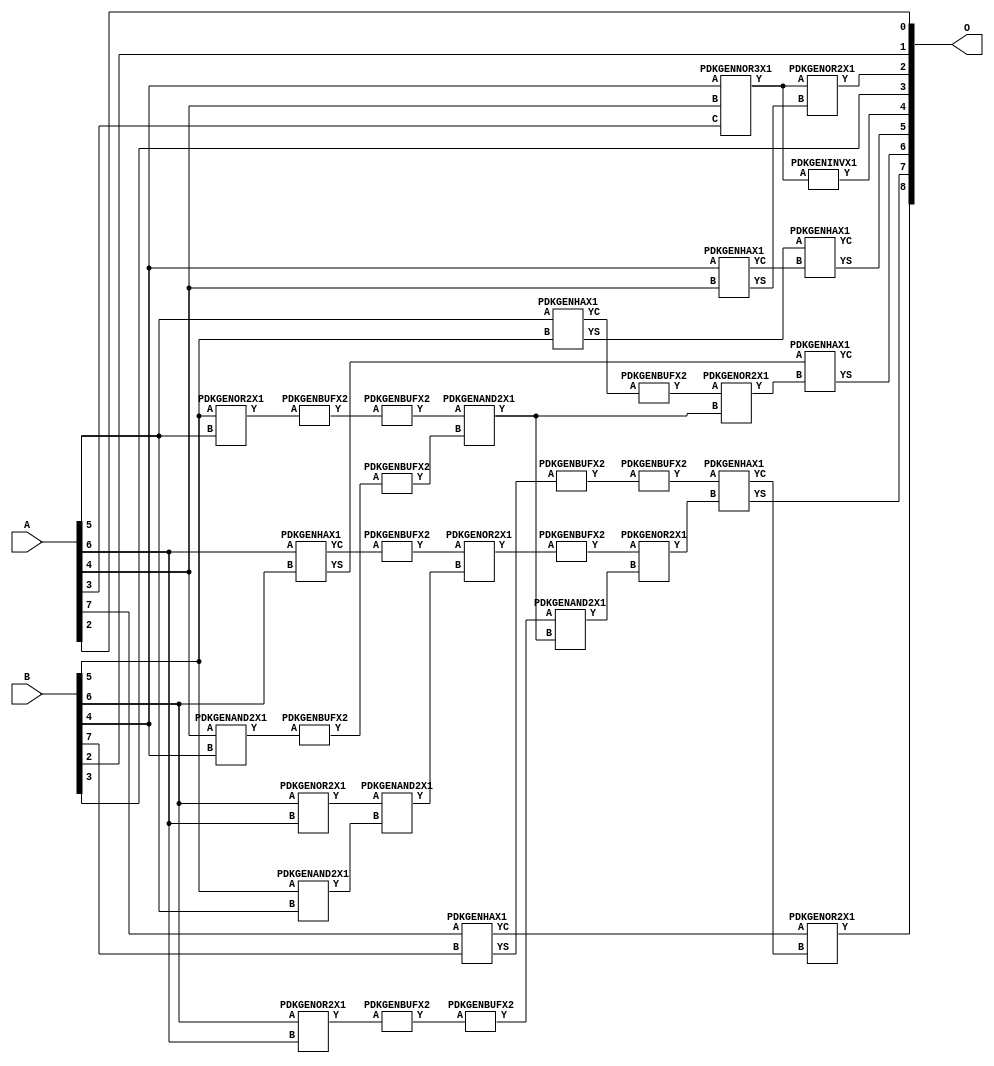
// Library = EvoApprox8b
// Circuit = add8_172
// Area   (180) = 1320
// Delay  (180) = 0.880
// Power  (180) = 368.80
// Area   (45) = 93
// Delay  (45) = 0.370
// Power  (45) = 29.39
// Nodes = 33
// HD = 188032
// MAE = 5.25391
// MSE = 44.50000
// MRE = 2.73 %
// WCE = 16
// WCRE = 400 %
// EP = 92.6 %

module add8_172(A, B, O);
  input [7:0] A;
  input [7:0] B;
  output [8:0] O;
  wire [2031:0] N;

  assign N[0] = A[0];
  assign N[1] = A[0];
  assign N[2] = A[1];
  assign N[3] = A[1];
  assign N[4] = A[2];
  assign N[5] = A[2];
  assign N[6] = A[3];
  assign N[7] = A[3];
  assign N[8] = A[4];
  assign N[9] = A[4];
  assign N[10] = A[5];
  assign N[11] = A[5];
  assign N[12] = A[6];
  assign N[13] = A[6];
  assign N[14] = A[7];
  assign N[15] = A[7];
  assign N[16] = B[0];
  assign N[17] = B[0];
  assign N[18] = B[1];
  assign N[19] = B[1];
  assign N[20] = B[2];
  assign N[21] = B[2];
  assign N[22] = B[3];
  assign N[23] = B[3];
  assign N[24] = B[4];
  assign N[25] = B[4];
  assign N[26] = B[5];
  assign N[27] = B[5];
  assign N[28] = B[6];
  assign N[29] = B[6];
  assign N[30] = B[7];
  assign N[31] = B[7];

  PDKGENOR2X1 n42(.A(N[28]), .B(N[12]), .Y(N[42]));
  assign N[43] = N[42];
  PDKGENOR2X1 n44(.A(N[28]), .B(N[12]), .Y(N[44]));
  PDKGENAND2X1 n46(.A(N[26]), .B(N[10]), .Y(N[46]));
  PDKGENNOR3X1 n48(.A(N[24]), .B(N[8]), .C(N[6]), .Y(N[48]));
  assign N[49] = N[48];
  PDKGENAND2X1 n68(.A(N[8]), .B(N[24]), .Y(N[68]));
  PDKGENBUFX2 n70(.A(N[68]), .Y(N[70]));
  PDKGENHAX1 n72(.A(N[24]), .B(N[8]), .YS(N[72]), .YC(N[73]));
  PDKGENHAX1 n78(.A(N[10]), .B(N[26]), .YS(N[78]), .YC(N[79]));
  PDKGENBUFX2 n80(.A(N[79]), .Y(N[80]));
  assign N[81] = N[80];
  PDKGENHAX1 n86(.A(N[12]), .B(N[28]), .YS(N[86]), .YC(N[87]));
  PDKGENHAX1 n96(.A(N[14]), .B(N[30]), .YS(N[96]), .YC(N[97]));
  PDKGENBUFX2 n128(.A(N[44]), .Y(N[128]));
  assign N[129] = N[128];
  PDKGENOR2X1 n134(.A(N[26]), .B(N[10]), .Y(N[134]));
  assign N[135] = N[134];
  PDKGENBUFX2 n136(.A(N[135]), .Y(N[136]));
  PDKGENBUFX2 n142(.A(N[87]), .Y(N[142]));
  assign N[143] = N[142];
  PDKGENBUFX2 n152(.A(N[70]), .Y(N[152]));
  assign N[153] = N[152];
  PDKGENBUFX2 n160(.A(N[96]), .Y(N[160]));
  PDKGENAND2X1 n162(.A(N[43]), .B(N[46]), .Y(N[162]));
  PDKGENBUFX2 n170(.A(N[129]), .Y(N[170]));
  PDKGENINVX1 n176(.A(N[49]), .Y(N[176]));
  assign N[177] = N[176];
  PDKGENOR2X1 n180(.A(N[143]), .B(N[162]), .Y(N[180]));
  assign N[181] = N[180];
  PDKGENBUFX2 n206(.A(N[136]), .Y(N[206]));
  PDKGENBUFX2 n208(.A(N[181]), .Y(N[208]));
  assign N[209] = N[208];
  PDKGENAND2X1 n226(.A(N[206]), .B(N[153]), .Y(N[226]));
  PDKGENOR2X1 n244(.A(N[81]), .B(N[226]), .Y(N[244]));
  assign N[245] = N[244];
  PDKGENAND2X1 n254(.A(N[170]), .B(N[226]), .Y(N[254]));
  PDKGENOR2X1 n272(.A(N[209]), .B(N[254]), .Y(N[272]));
  assign N[273] = N[272];
  PDKGENOR2X1 n344(.A(N[48]), .B(N[72]), .Y(N[344]));
  assign N[345] = N[344];
  PDKGENBUFX2 n376(.A(N[160]), .Y(N[376]));
  assign N[377] = N[376];
  PDKGENHAX1 n394(.A(N[78]), .B(N[73]), .YS(N[394]), .YC(N[395]));
  PDKGENHAX1 n404(.A(N[86]), .B(N[245]), .YS(N[404]), .YC(N[405]));
  PDKGENHAX1 n412(.A(N[377]), .B(N[273]), .YS(N[412]), .YC(N[413]));
  PDKGENOR2X1 n422(.A(N[97]), .B(N[413]), .Y(N[422]));

  assign O[0] = N[4];
  assign O[1] = N[20];
  assign O[2] = N[345];
  assign O[3] = N[22];
  assign O[4] = N[177];
  assign O[5] = N[394];
  assign O[6] = N[404];
  assign O[7] = N[412];
  assign O[8] = N[422];

endmodule
/* mod */
module PDKGENHAX1( input A, input B, output YS, output YC );
    assign YS = A ^ B;
    assign YC = A & B;
endmodule
/* mod */
module PDKGENOR2X1(input A, input B, output Y );
     assign Y = A | B;
endmodule
/* mod */
module PDKGENAND2X1(input A, input B, output Y );
     assign Y = A & B;
endmodule
/* mod */
module PDKGENINVX1(input A, output Y );
     assign Y = ~A;
endmodule
/* mod */
module PDKGENNOR3X1(input A, input B, input C, output Y );
     assign Y = ~((A | B) | C);
endmodule
/* mod */
module PDKGENBUFX2(input A, output Y );
     assign Y = A;
endmodule